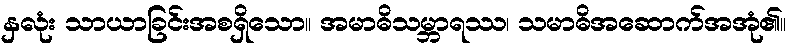
နှလုံး သာယာခြင်းအစရှိသော။ အမာဓိသမ္ဘာရဿ၊ သမာဓိအဆောက်အအုံ၏။